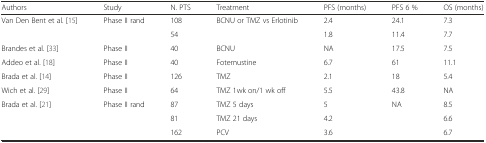
| Authors | Study | N. PTS | Treatment | PFS (months) | PFS 6 % | OS (months) |
 | --- | --- | --- | --- | --- | --- | --- |
 | <ROWSPAN=2> Van Den Bent et al. [15] | <ROWSPAN=2> Phase II rand | 108 | <ROWSPAN=2> BCNU or TMZ vs Erlotinib | 2.4 | 24.1 | 7.3 |
 | 54 | 1.8 | 11.4 | 7.7 |
 | Brandes et al. [33] | Phase II | 40 | BCNU | NA | 17.5 | 7.5 |
 | Addeo et al. [18] | Phase II | 40 | Fotemustine | 6.7 | 61 | 11.1 |
 | Brada et al. [14] | Phase II | 126 | TMZ | 2.1 | 18 | 5.4 |
 | Wich et al. [29] | Phase II | 64 | TMZ 1wk on/1 wk off | 5.5 | 43.8 | NA |
 | <ROWSPAN=3> Brada et al. [21] | <ROWSPAN=3> Phase II rand | 87 | TMZ 5 days | 5 | <ROWSPAN=3> NA | 8.5 |
 | 81 | TMZ 21 days | 4.2 | 6.6 |
 | 162 | PCV | 3.6 | 6.7 |